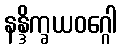
နန္ဒိက္ခယဝဂ္ဂေါ